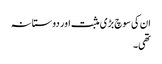
ان کی سوچ بڑی مثبت اور دوستانہ
تھی۔